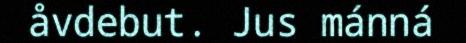
åvdebut. Jus mánná